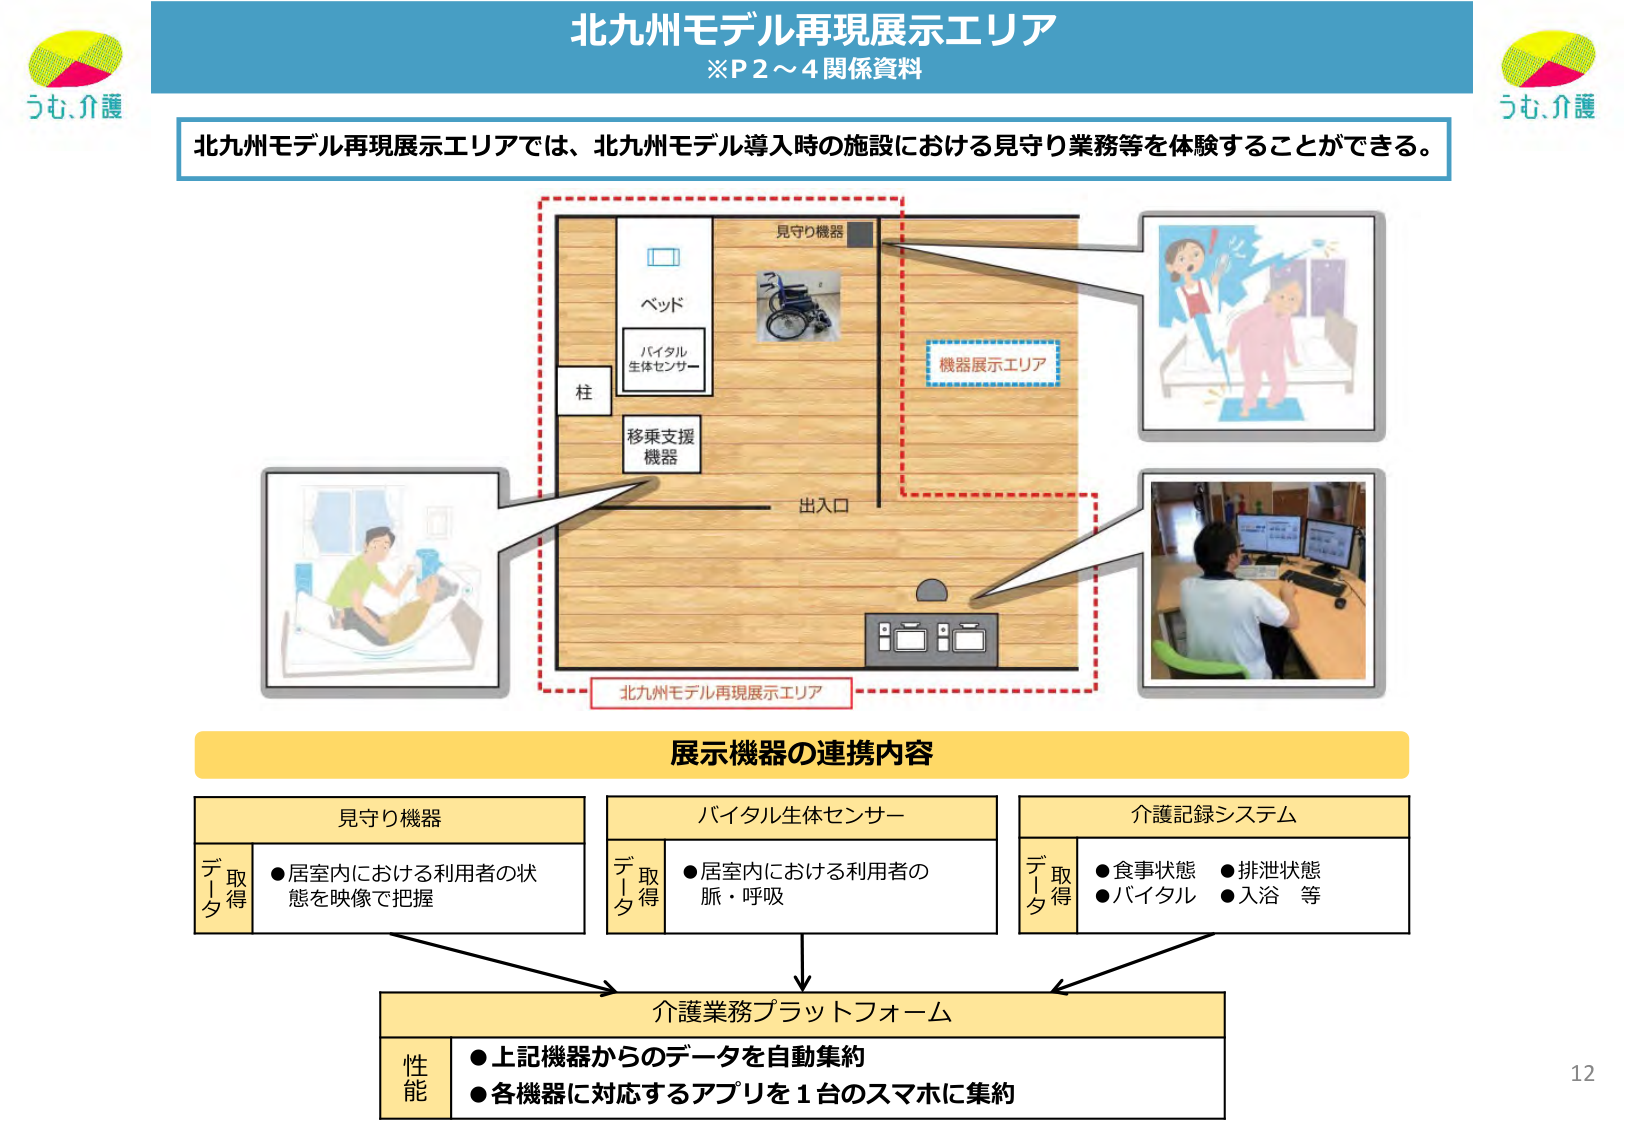
北九州モデル再現展示エリア
※P2～4 関係資料

北九州モデル再現展示エリアでは、北九州モデル導入時の施設における見守り業務等を体験することができる。

見守り機器
ベッド
バイタル
生体センサー
移乗支援
機器
柱
出入口
機器展示エリア
北九州モデル再現展示エリア

展示機器の連携内容

見守り機器
データ取得
●居室内における利用者の状態を映像で把握

バイタル生体センサー
データ取得
●居室内における利用者の脈・呼吸

介護記録システム
データ取得
●食事状態 ●排泄状態
●バイタル ●入浴 等

介護業務プラットフォーム
性能
●上記機器からのデータを自動集約
●各機器に対応するアプリを1台のスマホに集約

うも、介護
うも、介護
12